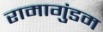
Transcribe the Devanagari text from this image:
रामागुंडम